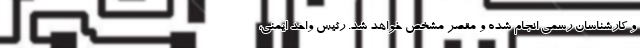
و کارشناسان رسمی انجام شده و مقصر مشخص خواهد شد. رئیس واحد ایمنی،